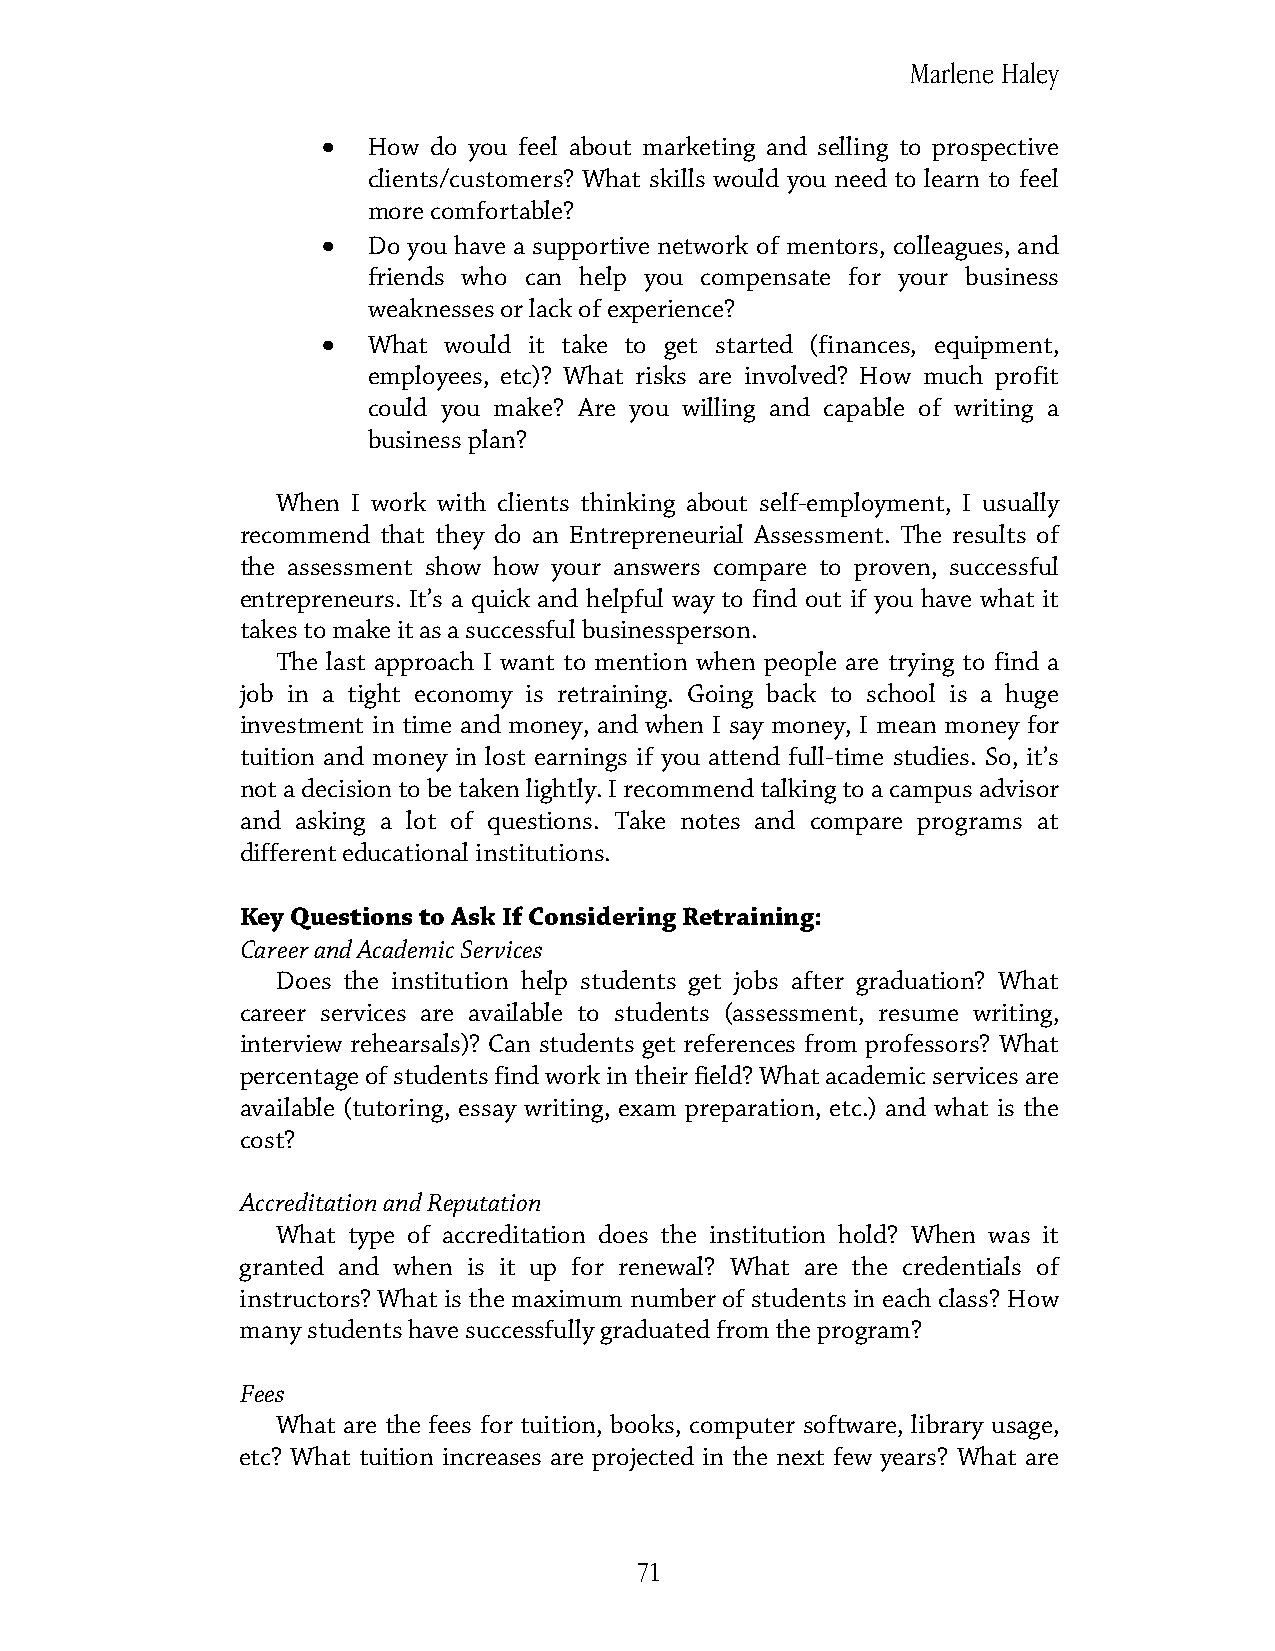
Marlene Haley
 •
 How do you feel about marketing and selling to prospective
 clients/customers? What skills would you need to learn to feel
 more comfortable?
 •
 Do you have a supportive network of mentors, colleagues, and
 friends who can help you compensate for your business
 weaknesses or lack of experience?
 •
 What would it take to get started (finances, equipment,
 employees, etc)? What risks are involved? How much profit
 could you make? Are you willing and capable of writing a
 business plan?
 When I work with clients thinking about self-employment, I usually
 recommend that they do an Entrepreneurial Assessment. The results of
 the assessment show how your answers compare to proven, successful
 entrepreneurs. It’s a quick and helpful way to find out if you have what it
 takes to make it as a successful businessperson.
 The last approach I want to mention when people are trying to find a
 job in a tight economy is retraining. Going back to school is a huge
 investment in time and money, and when I say money, I mean money for
 tuition and money in lost earnings if you attend full-time studies. So, it’s
 not a decision to be taken lightly. I recommend talking to a campus advisor
 and asking a lot of questions. Take notes and compare programs at
 different educational institutions.
 Key Questions to Ask If Considering Retraining:
 Career and Academic Services
 Does the institution help students get jobs after graduation? What
 career services are available to students (assessment, resume writing,
 interview rehearsals)? Can students get references from professors? What
 percentage of students find work in their field? What academic services are
 available (tutoring, essay writing, exam preparation, etc.) and what is the
 cost?
 Accreditation and Reputation
 What type of accreditation does the institution hold? When was it
 granted and when is it up for renewal? What are the credentials of
 instructors? What is the maximum number of students in each class? How
 many students have successfully graduated from the program?
 Fees
 What are the fees for tuition, books, computer software, library usage,
 etc? What tuition increases are projected in the next few years? What are
 71